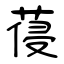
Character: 葠